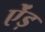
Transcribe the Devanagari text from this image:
ऐंड़